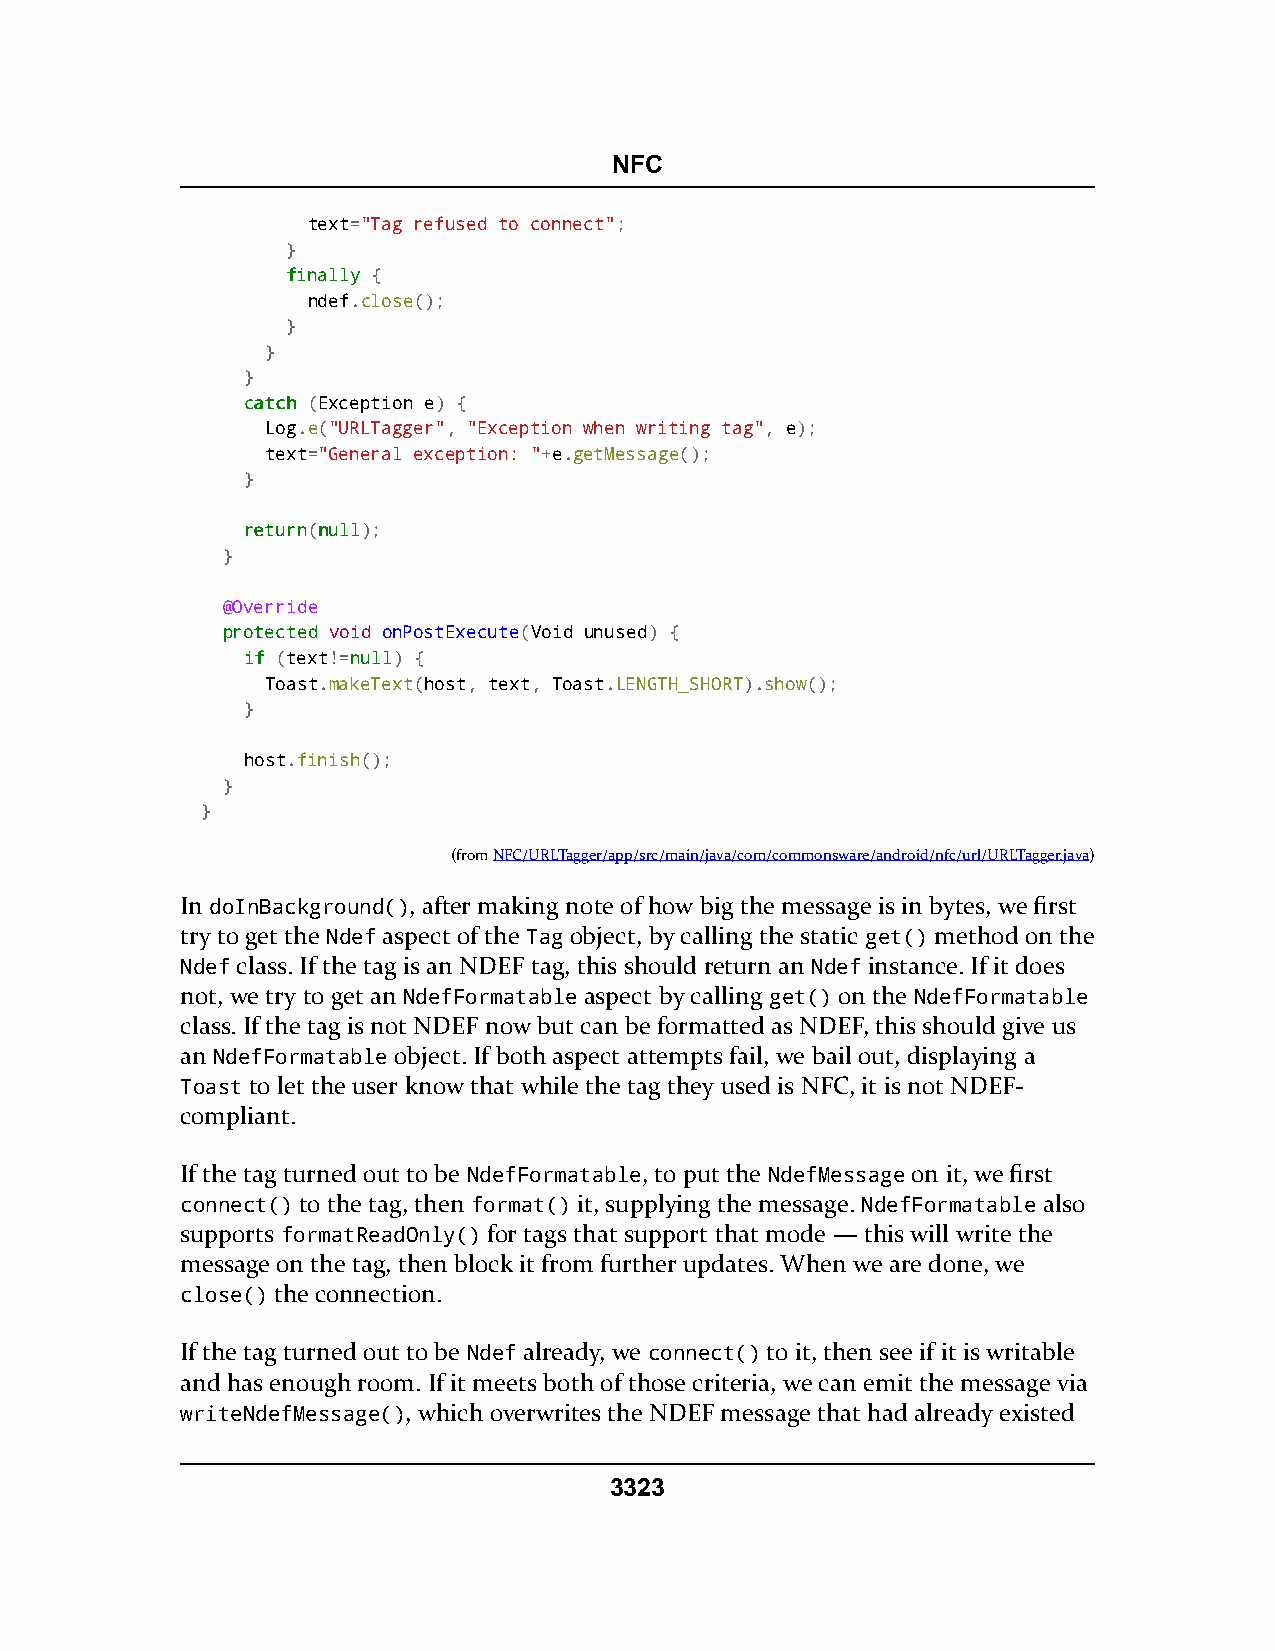
NFC
 text="Tag refused to connect";
 }
 ffiinnaallllyy {
 ndef.close();
 }
 }
 }
 ccaattcchh (Exception e) {
 Log.e("URLTagger", "Exception when writing tag", e);
 text="General exception: "+e.getMessage();
 }
 rreettuurrnn(nnuullll);
 }
 @Override
 pprrootteecctteedd void onPostExecute(Void unused) {
 iiff (text!=nnuullll) {
 Toast.makeText(host, text, Toast.LENGTH_SHORT).show();
 }
 host.finish();
 }
 }
 (fromNFC/URLTagger/app/src/main/java/com/commonsware/android/nfc/url/URLTagger.java)
 In doInBackground(), after making note of how big the message is in bytes, we first
 try to get the Ndef aspect of the Tag object, by calling the static get() method on the
 Ndef class. If the tag is an NDEF tag, this should return an Ndef instance. If it does
 not, we try to get an NdefFormatable aspect by calling get() on the NdefFormatable
 class. If the tag is not NDEF now but can be formatted as NDEF, this should give us
 an NdefFormatable object. If both aspect attempts fail, we bail out, displaying a
 Toast to let the user know that while the tag they used is NFC, it is not NDEF-
 compliant.
 If the tag turned out to be NdefFormatable, to put the NdefMessage on it, we first
 connect() to the tag, then format() it, supplying the message. NdefFormatable also
 supports formatReadOnly() for tags that support that mode — this will write the
 message on the tag, then block it from further updates. When we are done, we
 close() the connection.
 If the tag turned out to be Ndef already, we connect() to it, then see if it is writable
 and has enough room. If it meets both of those criteria, we can emit the message via
 writeNdefMessage(), which overwrites the NDEF message that had already existed
 3323